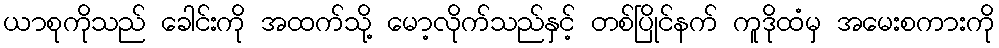
ယာစုကိုသည် ခေါင်းကို အထက်သို့ မော့လိုက်သည်နှင့် တစ်ပြိုင်နက် ကူဒိုထံမှ အမေးစကားကို